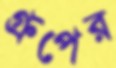
গ্রুপের